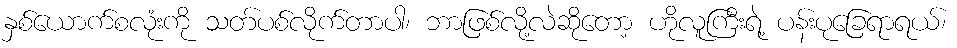
နှစ်ယောက်စလုံးကို သတ်ပစ်လိုက်တာပါ၊ ဘာဖြစ်လို့လဲဆိုတော့ ဟိုလူကြီးရဲ့ ပန်းပုခြေရာရယ်၊